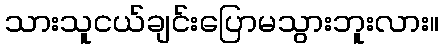
သားသူငယ်ချင်းပြောမသွားဘူးလား။